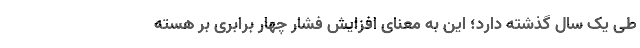
طی یک سال گذشته دارد؛ این به معنای افزایش فشار چهار برابری بر هسته